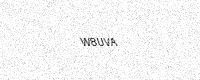
Text: W8UVA